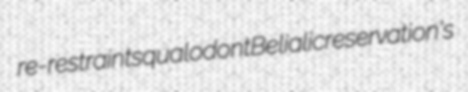
re-restraint squalodont Belialic reservation's